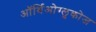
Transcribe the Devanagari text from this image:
ऑर्थिओग्लुकोज